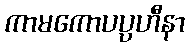
ကာမကောပပ္ပဟီနာ